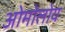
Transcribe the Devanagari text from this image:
ओमोलोय